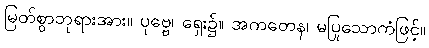
မြတ်စွာဘုရားအား။ ပုဗ္ဗေ၊ ရှေး၌။ အကတေန၊ မပြုသောကံဖြင့်။